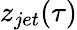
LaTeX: z_{jet}(\tau)